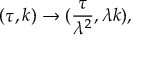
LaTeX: ( \tau , k ) \rightarrow ( \frac { \tau } { \lambda ^ { 2 } } , \lambda k ) ,